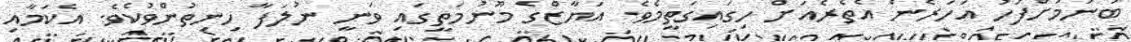
ބުނުމަށްފަހު އަހަރެން އެތެރެއަށް ހިގައިގަތީމެވެ. އަޔާޒްގެ މޫނުމަތީގައި ވަނީ ނުލަފާ ހިނިތުންވުކެވެ. އެކަމާއި